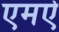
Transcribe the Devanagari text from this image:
एमऐ